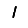
Digit: 1